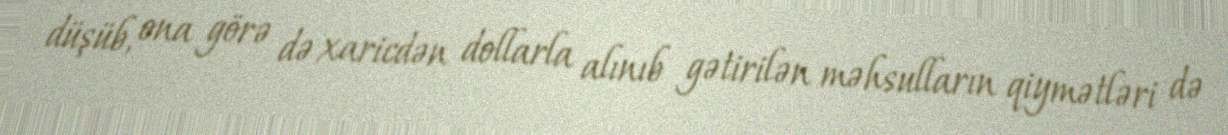
düşüb, ona görə də xaricdən dollarla alınıb gətirilən məhsulların qiymətləri də